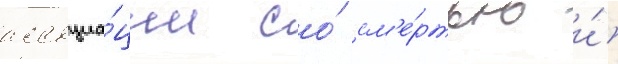
ассоциа́ции со́ см'е́ртью и́